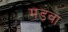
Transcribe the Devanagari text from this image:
मड़वा